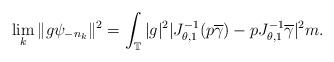
LaTeX: \begin{align*} \lim_k\|g\psi_{-n_k}\|^2=\int_{\mathbb T}|g|^2|J_{\theta,1}^{-1}(p\overline\gamma)-pJ_{\theta,1}^{-1}\overline\gamma|^2m.\end{align*}